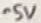
Text: -5V